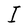
Character: I